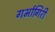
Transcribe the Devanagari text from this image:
गर्भागिरी